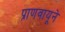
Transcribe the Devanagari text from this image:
प्राणवायूने